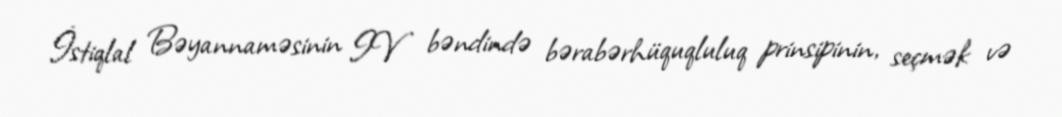
İstiqlal Bəyannaməsinin IV bəndində bərabərhüquqluluq prinsipinin, seçmək və